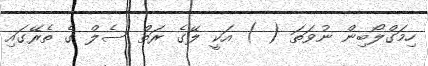
ހިމަގްލޯބިން ނުވަތަ ( ) އަކީ ލޭގެ ރަތް ސެލް ގެ ތެރޭގައި